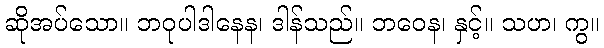
ဆိုအပ်သော။ ဘဝုပါဒါနေန၊ ဒါန်သည်။ ဘဝေန၊ နှင့်။ သဟ၊ ကွ။